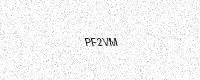
Text: PF2VM